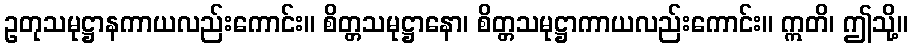
ဥတုသမုဋ္ဌာနကာယလည်းကောင်း။ စိတ္တသမုဋ္ဌာနော၊ စိတ္တသမုဋ္ဌာကာယလည်းကောင်း။ ဣတိ၊ ဤသို့။